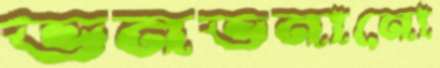
ভনভনানো